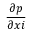
\frac { { \partial } { p } } { \partial { { x } { i } } }